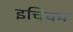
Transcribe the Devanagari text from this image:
इचियम